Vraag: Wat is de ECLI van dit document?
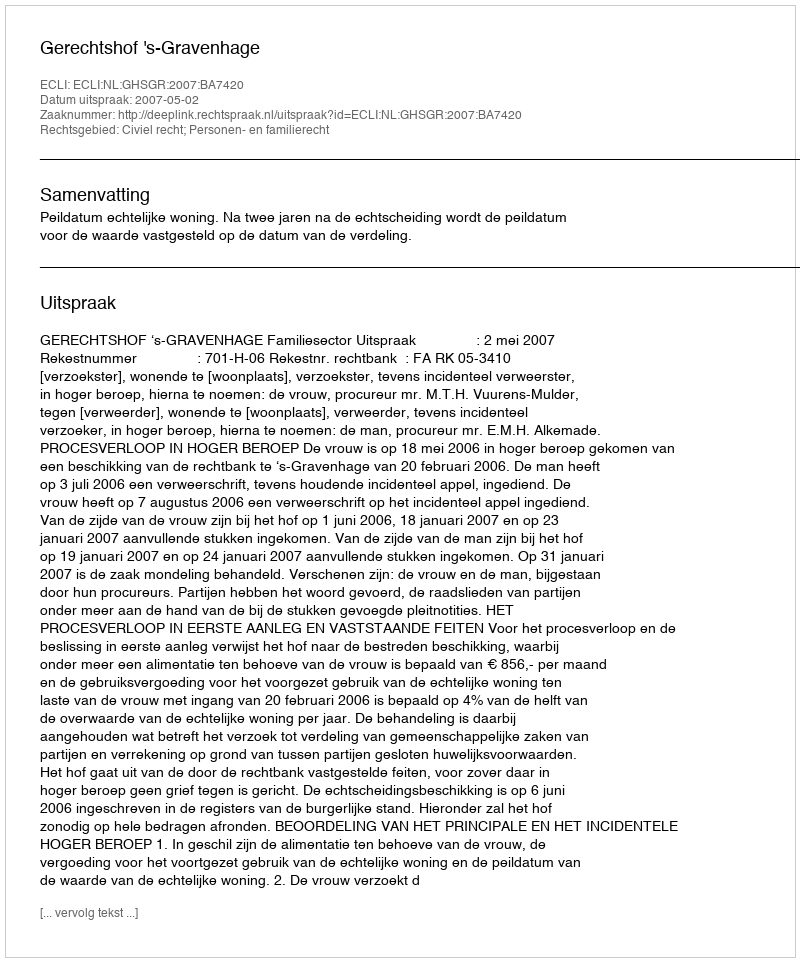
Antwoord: ECLI:NL:GHSGR:2007:BA7420